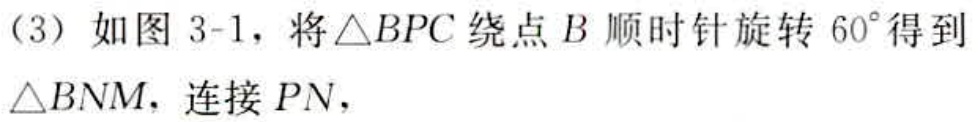
（3）如图 3-1，将\(\triangle BPC\)绕点\(B\)顺时针旋转\(60^{\circ}\)得到\(\triangle BNM\)，连接\(PN\)，